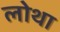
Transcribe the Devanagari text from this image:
लोथा